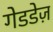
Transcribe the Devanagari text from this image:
गेडडेज़